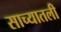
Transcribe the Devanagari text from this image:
साच्यातली